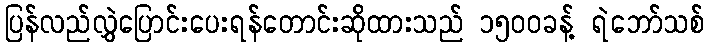
ပြန်လည်လွှဲပြောင်းပေးရန်တောင်းဆိုထားသည် ၁၅၀၀ခန့် ရဲဘော်သစ်